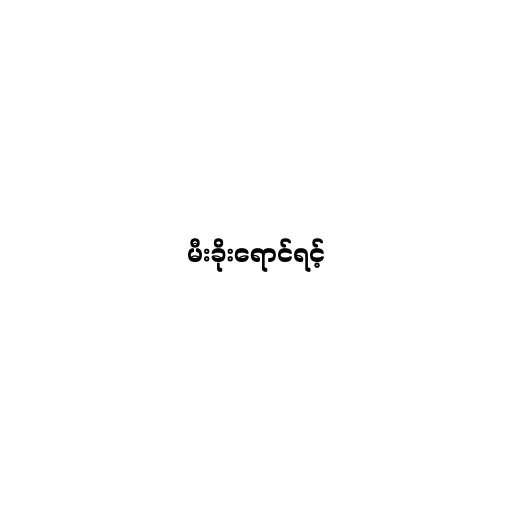
မီးခိုးရောင်ရင့်